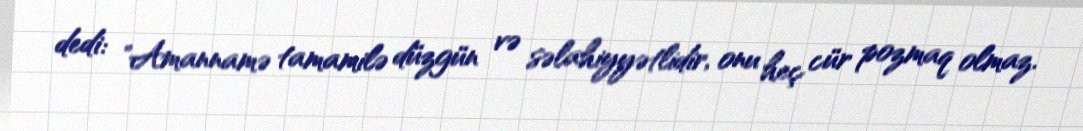
dedi: "Amannamə tamamilə düzgün və səlahiyyətlidir, onu heç cür pozmaq olmaz.